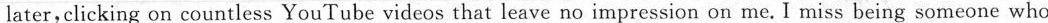
later,clicking on countless YouTube videos that leave no impression on me. I miss being someone who